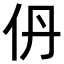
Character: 𫢌